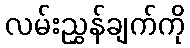
လမ်းညွှန်ချက်ကို